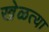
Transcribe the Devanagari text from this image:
खेळत्या